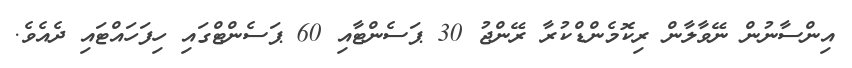
އިންސާނުން ނޭވާލާން ރިކޮމެންޑްކުރާ ރޭންޖު 30 ޕަސެންޓާއި 60 ޕަސެންޓްގައި ހިފަހައްޓައި ދެއެވެ.